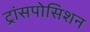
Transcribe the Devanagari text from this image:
ट्रांसपोसिशन